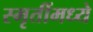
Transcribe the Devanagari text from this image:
स्मृतींमध्ये